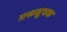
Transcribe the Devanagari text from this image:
प्रश्नसूचक